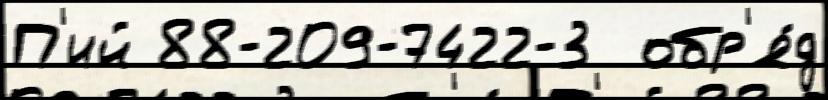
П'ий 88-209-7422-3  обр'я́д